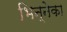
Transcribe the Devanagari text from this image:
भिन्नेका